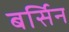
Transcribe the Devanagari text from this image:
बर्सिन